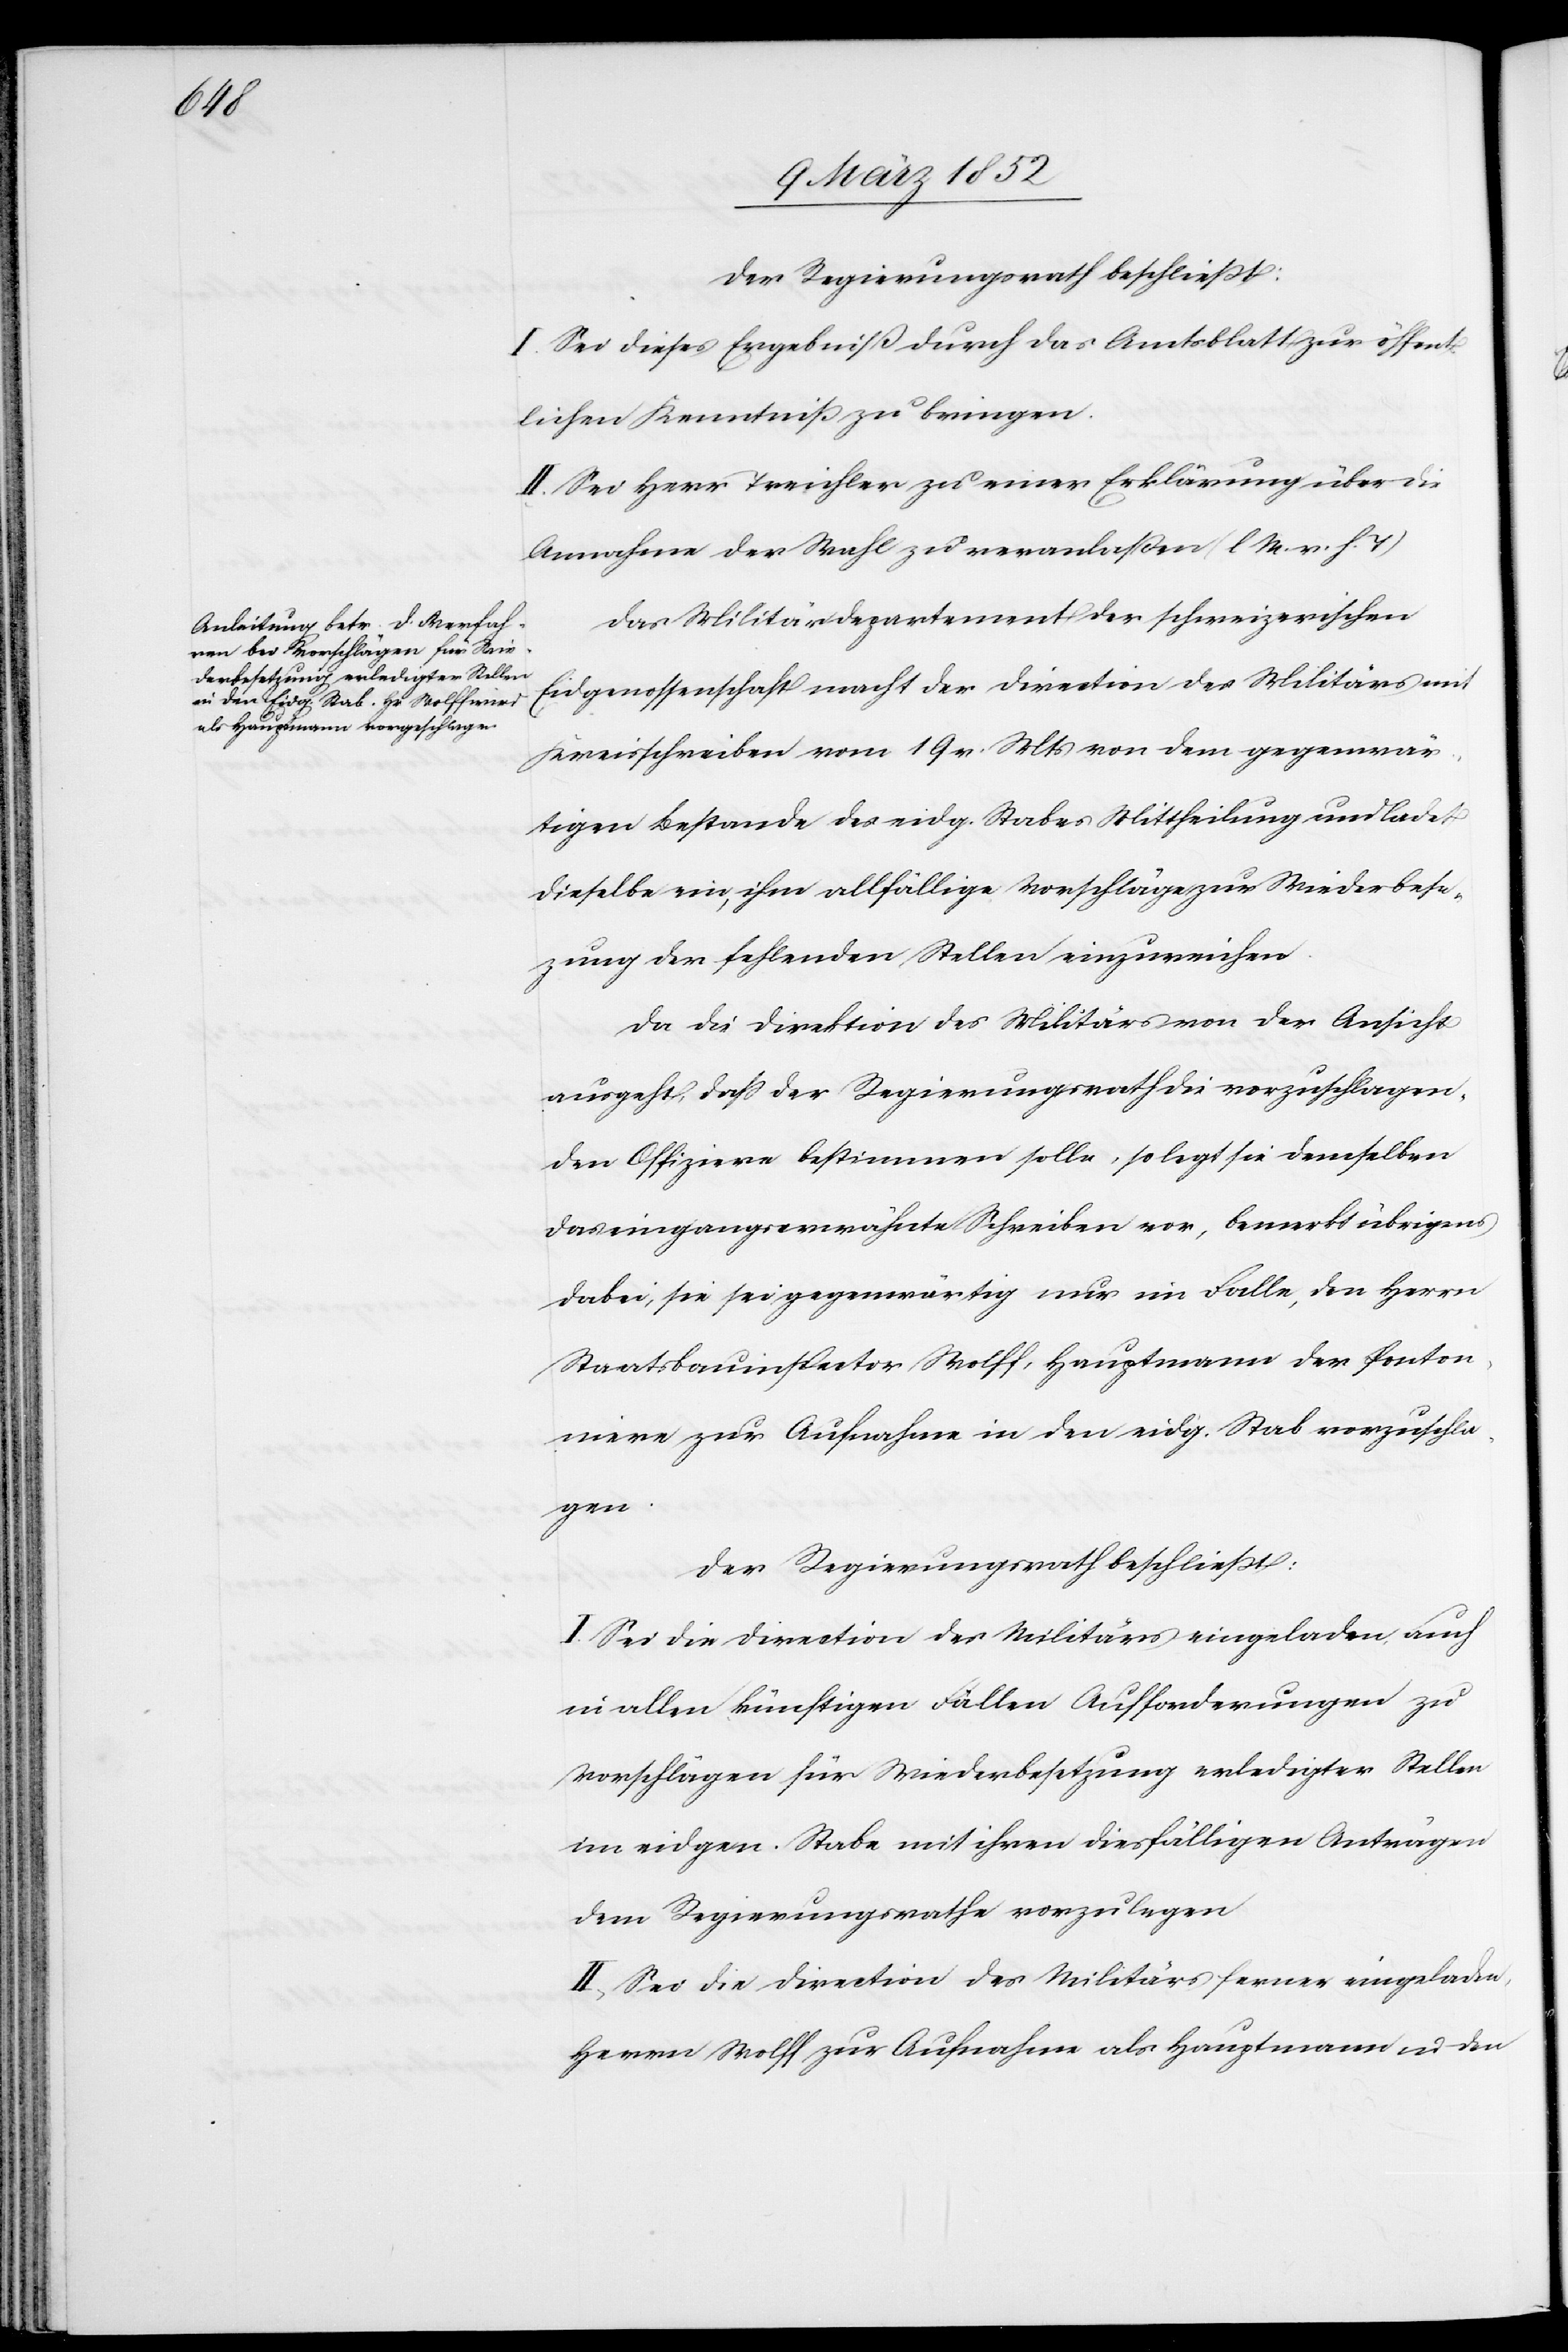
Der Regierungsrath beschließt:
I. Sei dieses Ergebniß durch das Amtsblatt zur öffent¬
lichen Kenntniß zu bringen.
II. Sei Herr Treichler zu einer Erklärung über die
Annahme der Wahl zu veranlaßen (l M. v. h. T)[.]
Das Militärdepartement der schweizerischen
Eidgenossenschaft macht der Direction des Militärs mit
Kreisschreiben vom 19 v. Mts von dem gegenwär¬
tigen Bestande des eidg. Stabes Mittheilung und ladet
dieselbe ein, ihm allfällige Vorschläge zur Wiederbese¬
tzung der fehlenden Stellen einzureichen.
Da die Direktion des Militärs von der Ansicht
ausgeht, daß der Regierungsrath die vorzuschlagen¬
den Offiziere bestimmen solle, so legt sie demselben
das eingangserwähnte Schreiben vor, bemerkt übrigens
dabei, sie sei gegenwärtig nur im Falle, den Herrn
Staatsbauinspector Wolff, Hauptmann der Ponton¬
iere zur Aufnahme in den eidg. Stab vorzuschla¬
gen.
Der Regierungsrath beschließt:
I. Sei die Direction des Militärs eingeladen, auch
in allen künftigen Fällen Aufforderungen zu
Vorschlägen für Wiederbesetzung erledigter Stellen
im eidgen. Stabe mit ihren diesfälligen Anträgen
dem Regierungsrathe vorzulegen.
II. Sei die Direction des Militärs ferner eingeladen,
Herrn Wolff zur Aufnahme als Hauptmann in den